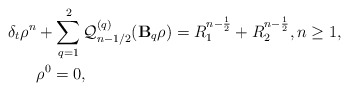
\begin{align*} \delta_t \rho^n & + \sum\limits_{q=1}^{2}\mathcal{Q}_{n-1/2}^{(q)}(\mathbf{B}_q\rho) = R_1^{n-\frac{1}{2}} + R_2^{n-\frac{1}{2}}, n\geq 1, \\ & \rho^0=0, \end{align*}